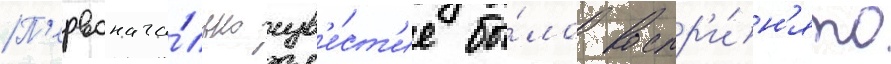
П'ервонача́льно изв'е́ст'ие бы́ло воспр'и́н'ято